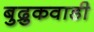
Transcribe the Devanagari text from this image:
बुद्रुकवाडी